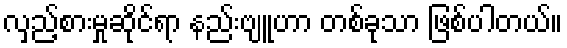
လှည့်စားမှုဆိုင်ရာ နည်းဗျူဟာ တစ်ခုသာ ဖြစ်ပါတယ်။